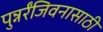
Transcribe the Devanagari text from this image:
पुन्नर्रंजिवनासाठी